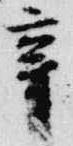
辛